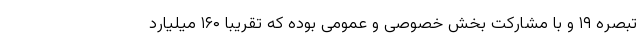
تبصره ۱۹ و با مشارکت بخش خصوصی و عمومی بوده که تقریبا ۱۶۰ میلیارد